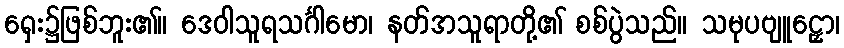
ရှေး၌ဖြစ်ဘူး၏။ ဒေဝါသူရသင်္ဂါမော၊ နတ်အသူရာတို့၏ စစ်ပွဲသည်။ သမုပဗျူဠှော၊